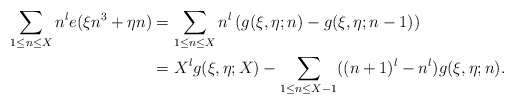
\begin{align*}\sum_{1\le n\le X}n^le(\xi n^3+\eta n)&=\sum_{1\le n\le X}n^l\left( g(\xi,\eta;n)-g(\xi,\eta;n-1)\right) \\&=X^lg(\xi,\eta;X)-\sum_{1\le n\le X-1}((n+1)^l-n^l)g(\xi,\eta;n).\end{align*}